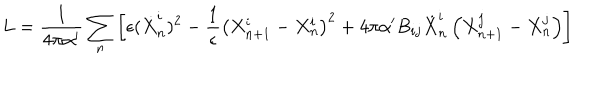
LaTeX: L = \frac { 1 } { 4 \pi \alpha ^ { \prime } } \sum _ { n } \left[ \epsilon ( \dot { X } _ { n } ^ { i } ) ^ { 2 } - \frac { 1 } { \epsilon } \left( X _ { n + 1 } ^ { i } - X _ { n } ^ { i } \right) ^ { 2 } + 4 \pi \alpha ^ { \prime } B _ { i j } \dot { X } _ { n } ^ { i } \left( X _ { n + 1 } ^ { j } - X _ { n } ^ { j } \right) \right]